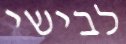
לבישי